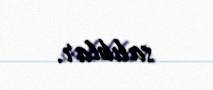
salıblar.